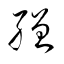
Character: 繒